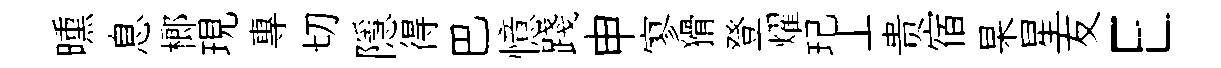
曛息榔現專切隱得巴憶踐申寥猾登燿玘丄贵宿杲星友E